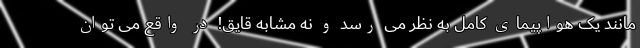
مانند یک هواپیمای کامل به نظر می رسد و نه مشابه قایق! در واقع می توان